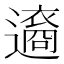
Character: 𨘆